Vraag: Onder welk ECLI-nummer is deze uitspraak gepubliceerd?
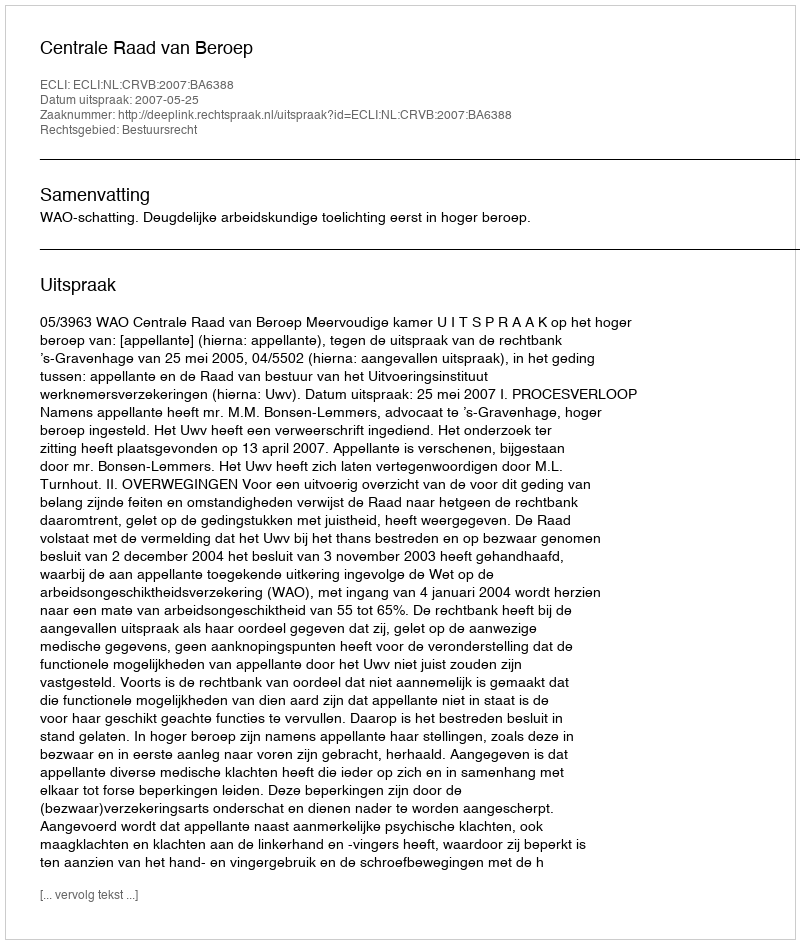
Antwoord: ECLI:NL:CRVB:2007:BA6388